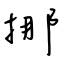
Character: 挪